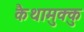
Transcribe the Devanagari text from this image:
कैथामुक्कु